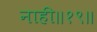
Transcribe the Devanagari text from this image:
नाही॥१९॥